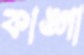
কাঙ্গা